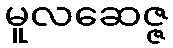
မူလဆေဇ္ဇ